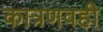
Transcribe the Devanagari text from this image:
कात्रणवही